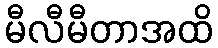
မီလီမီတာအထိ